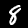
Label: 8